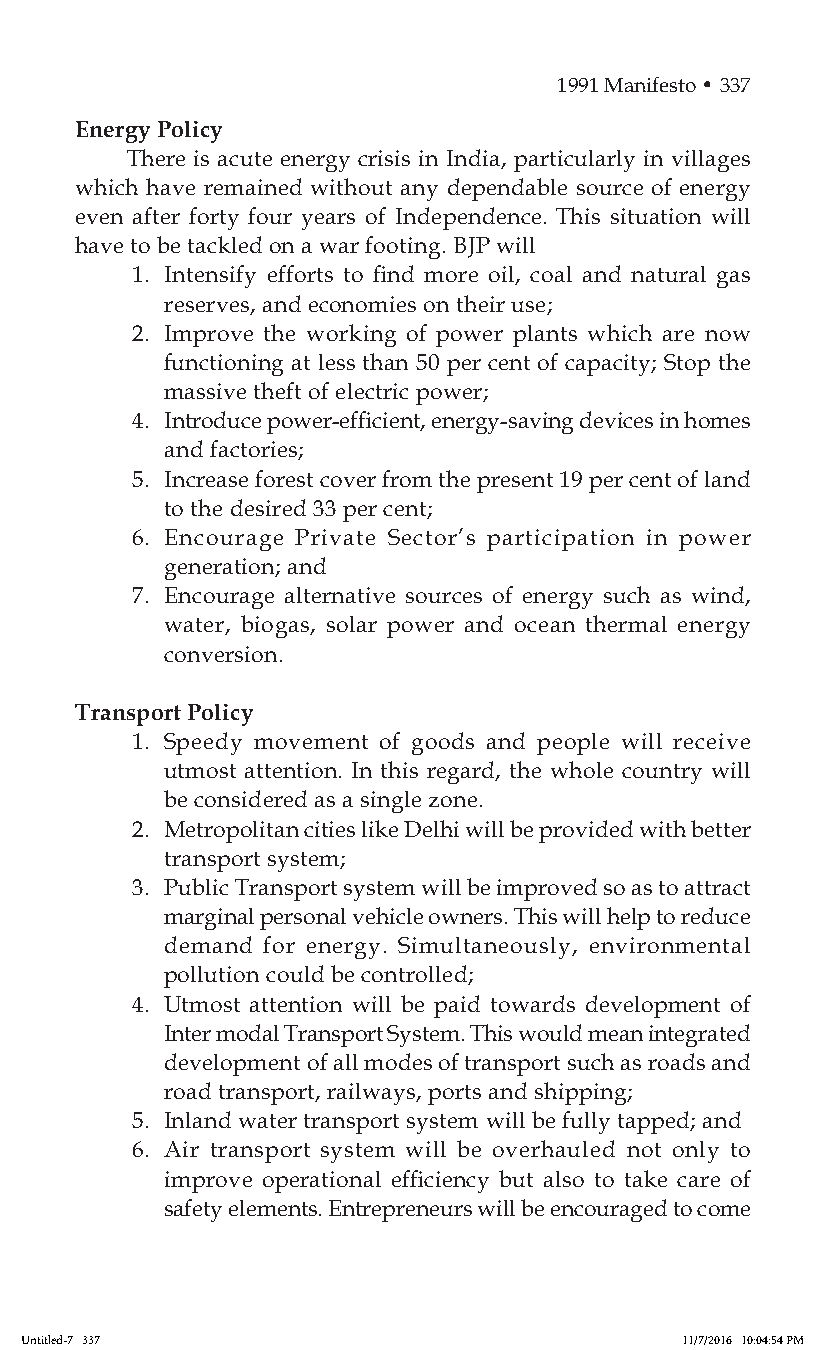
1991 Manifesto • 337
 Energy Policy
 There is acute energy crisis in India, particularly in villages
 which have remained without any dependable source of energy
 even after forty four years of Independence. This situation will
 have to be tackled on a war footing. BJP will
 1. Intensify efforts to find more oil, coal and natural gas
 reserves, and economies on their use;
 2. Improve the working of power plants which are now
 functioning at less than 50 per cent of capacity; Stop the
 massive theft of electric power;
 4. Introduce power-efficient, energy-saving devices in homes
 and factories;
 5. Increase forest cover from the present 19 per cent of land
 to the desired 33 per cent;
 6. Encourage Private Sector’s participation in power
 generation; and
 7. Encourage alternative sources of energy such as wind,
 water, biogas, solar power and ocean thermal energy
 conversion.
 Transport Policy
 1. Speedy movement of goods and people will receive
 utmost attention. In this regard, the whole country will
 be considered as a single zone.
 2. Metropolitan cities like Delhi will be provided with better
 transport system;
 3. Public Transport system will be improved so as to attract
 marginal personal vehicle owners. This will help to reduce
 demand for energy. Simultaneously, environmental
 pollution could be controlled;
 4. Utmost attention will be paid towards development of
 Inter modal Transport System. This would mean integrated
 development of all modes of transport such as roads and
 road transport, railways, ports and shipping;
 5. Inland water transport system will be fully tapped; and
 6. Air transport system will be overhauled not only to
 improve operational efficiency but also to take care of
 safety elements. Entrepreneurs will be encouraged to come
 Untitled-7 337                              11/7/2016 10:04:54 PM